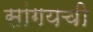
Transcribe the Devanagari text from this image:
सांगयची